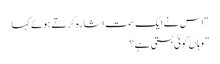
“ اس نے ایک سمت اشارہ کرتے ہوئے کہا
” وہاں کوئی بستی ہے ؟